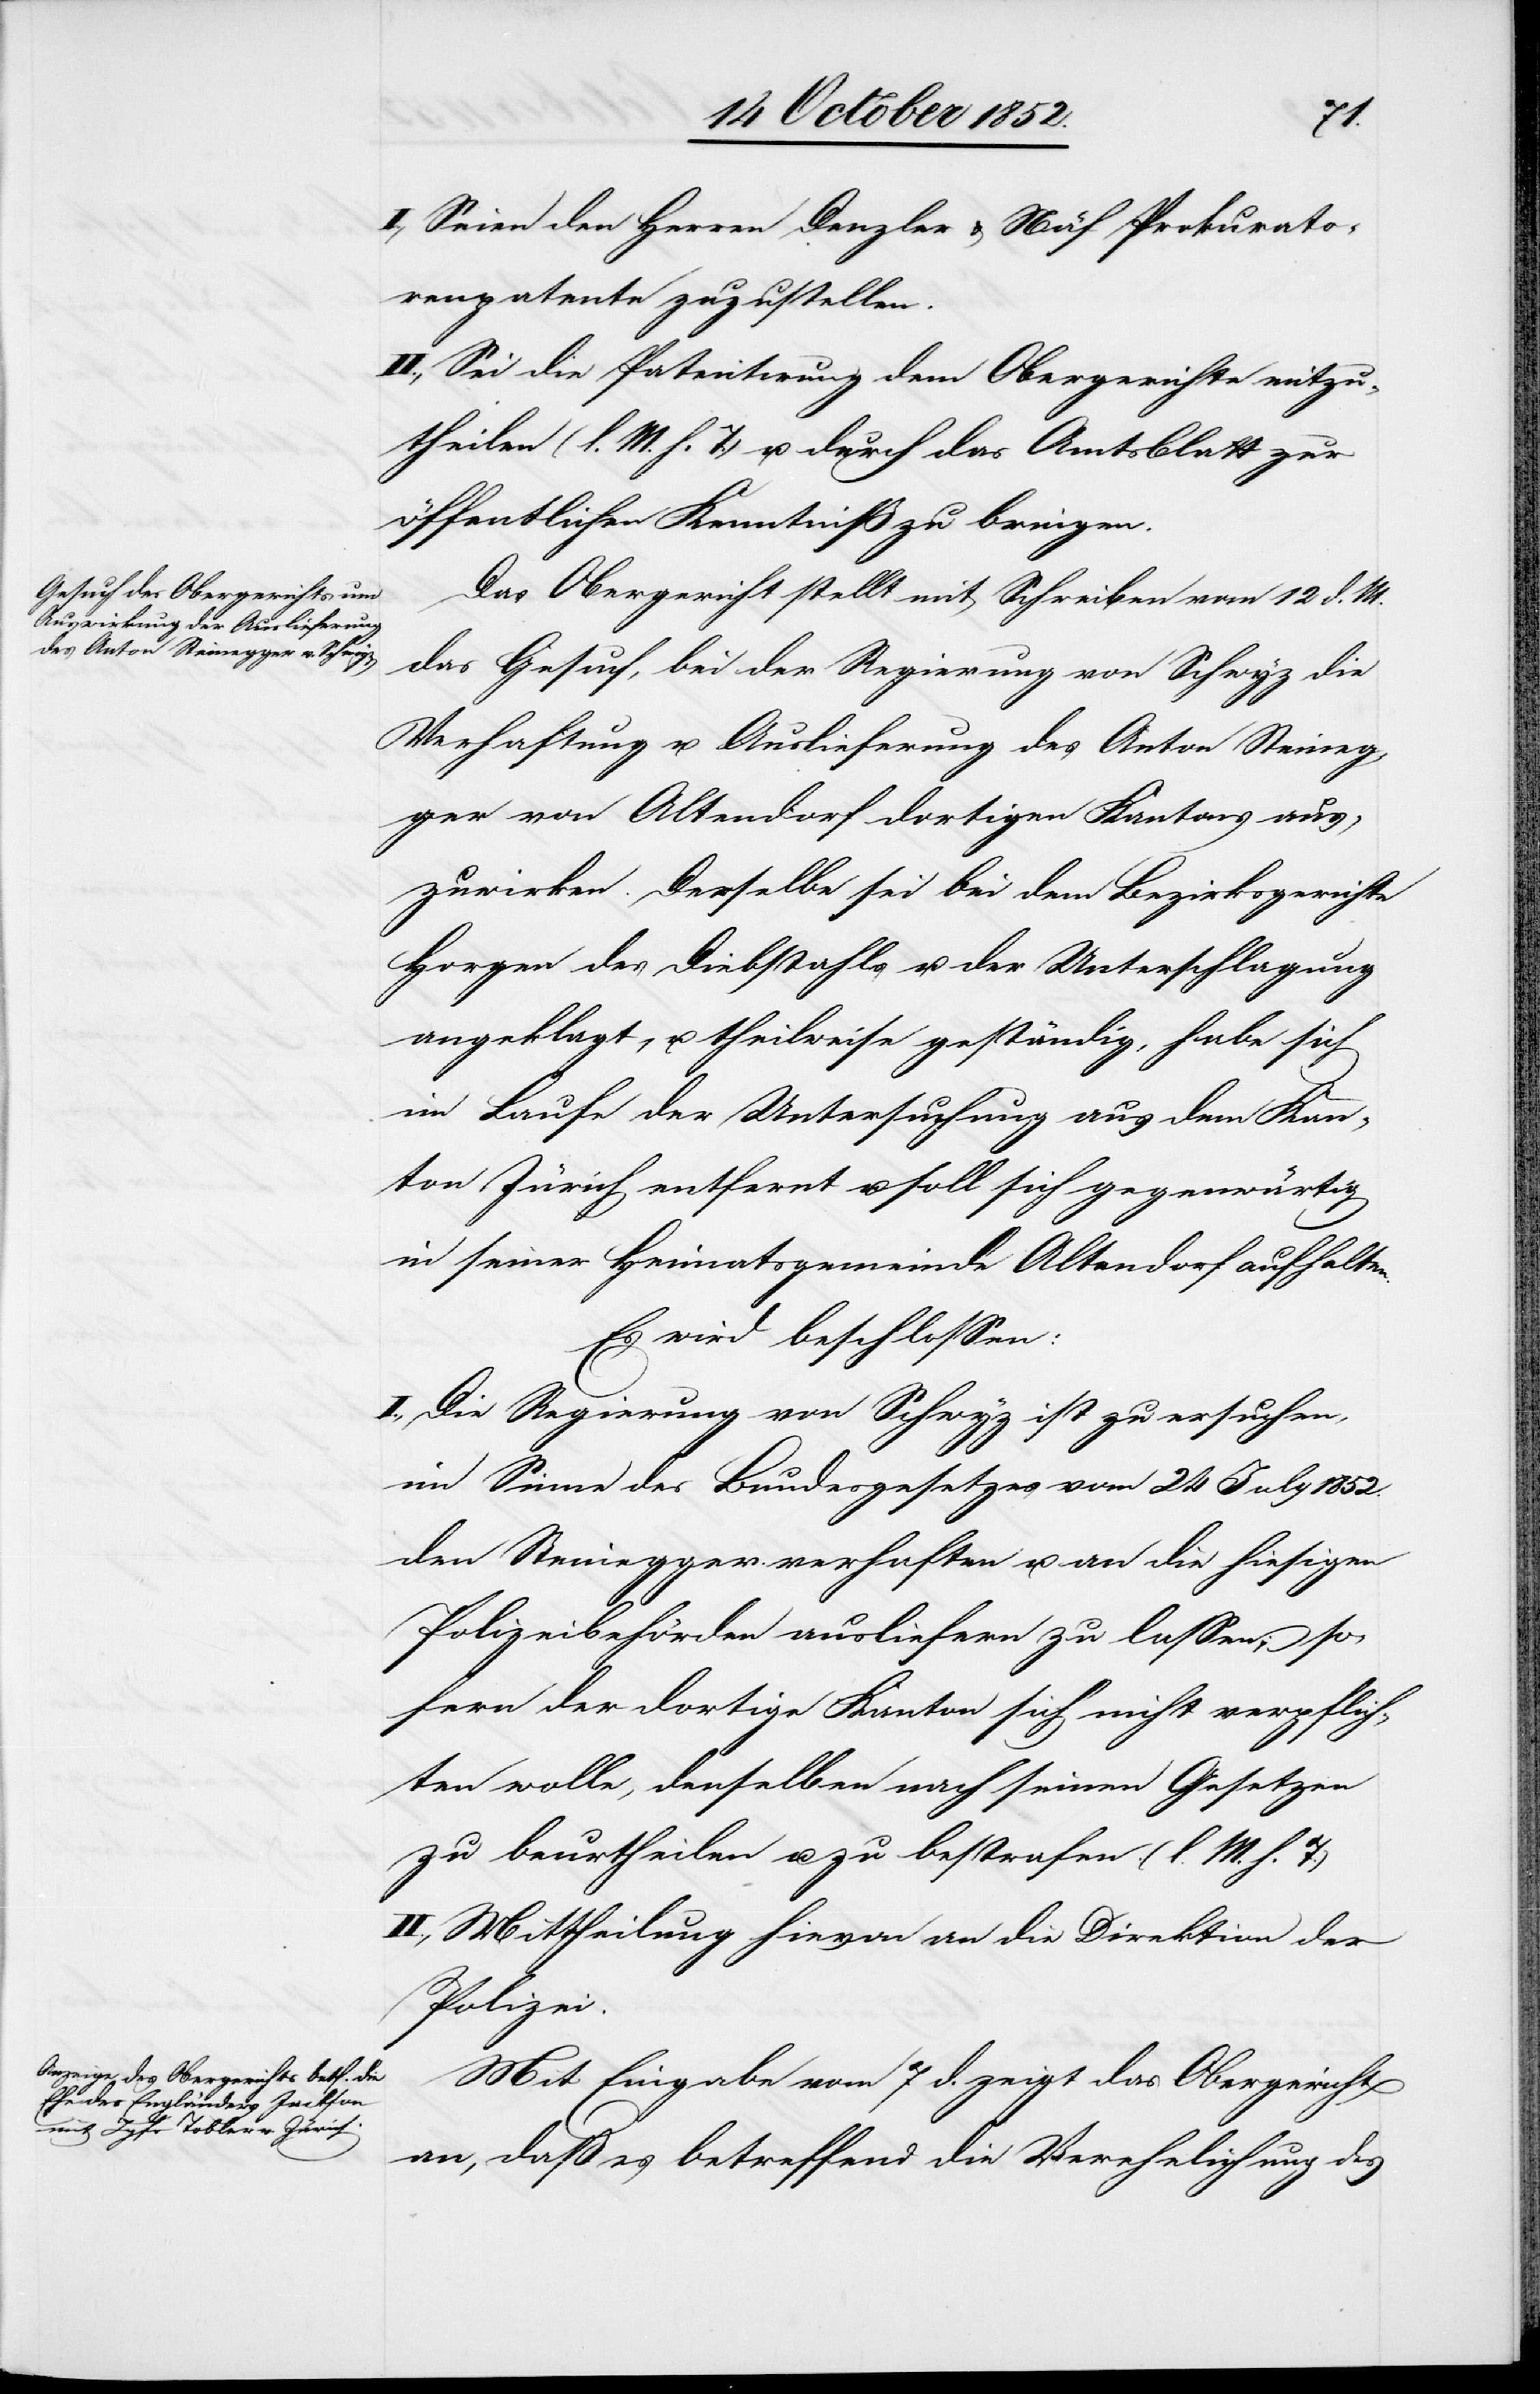
I., Seien den Herren Denzler & Näf Prokurato¬
renpatente zuzustellen.
II., Sei die Patentirung dem Obergerichte mitzu¬
theilen (l. M. h. T.) u. durch das Amtsblatt zur
öffentlichen Kenntniß zu bringen.
Das Obergericht stellt mit Schreiben vom 12 d. M.
das Gesuch, bei der Regierung von Schwyz die
Verhaftung u. Auslieferung des Anton Steineg¬
ger von Altendorf dortigen Kantons aus¬
zuwirken. Derselbe sei bei dem Bezirksgerichte
Horgen des Diebstahls u. der Unterschlagung
angeklagt, u. theilweise geständig, habe sich
im Laufe der Untersuchung aus dem Kan¬
ton Zürich entfernt u. soll sich gegenwärtig
in seiner Heimatsgemeinde Altendorf aufhalten.
Es wird beschlossen:
I., Die Regierung von Schwyz ist zu ersuchen,
im Sinne des Bundesgesetzes vom 24 July 1852.
den Steinegger verhaften u. an die hiesigen
Polizeibehörden ausliefern zu lassen; so¬
fern der dortige Kanton sich nicht verpflich¬
ten wolle, denselben nach seinen Gesetzen
zu beurtheilen u. zu bestrafen. (l. M. h. T.)
II., Mittheilung hievon an die Direktion der
Polizei.
Mit Eingabe vom 7 d. zeigt das Obergericht
an, daß es betreffend die Verehelichung des